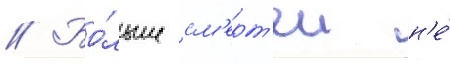
// Бо́льше см'ерт'еи н'е́